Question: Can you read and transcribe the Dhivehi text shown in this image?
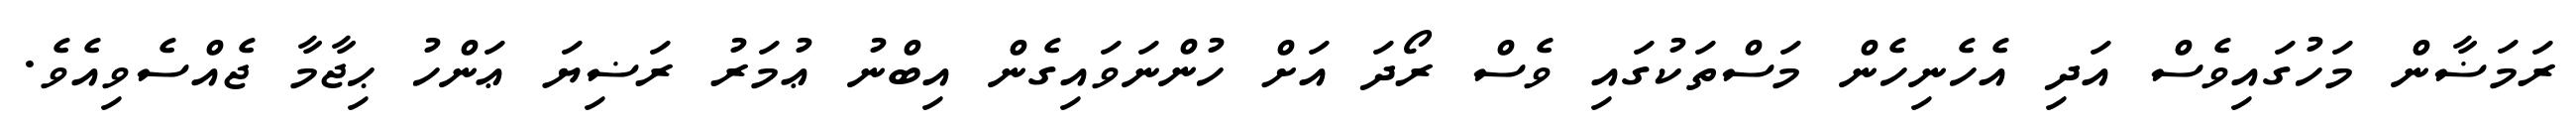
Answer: ރަމަޟާން މަހުގައިވެސް އަދި އެހެނިހެން މަސްތަކުގައި ވެސް ރޯދަ އަށް ހުންނަވައިގެން އިބްނު ޢުމަރު ރަޟިޔަ ޢަންހު ޙިޖާމާ ޖެއްސެވިއެވެ.